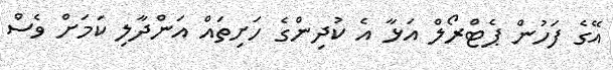
އޭގެ ފަހުން ޕެޓްރޯލް އަޅާ އެ ކުދިންގެ ހަށިތައް އަންދާލި ކަމަށް ވެސް